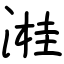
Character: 溎